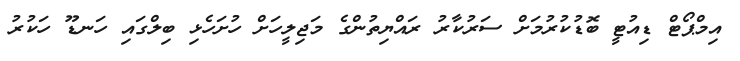
އިމްޕޯޓް ޑިއުޓީ ބޮޑުކުރުމަށް ސަރުކާރު ރައްޔިތުންގެ މަޖިލީހަށް ހުށަހެޅި ބިލްގައި ހަނޑޫ ހަކުރު